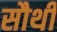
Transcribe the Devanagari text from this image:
सौथी